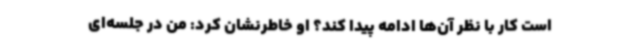
است کار با نظر آن‌ها ادامه پیدا کند؟ او خاطرنشان کرد: من در جلسه‌ای